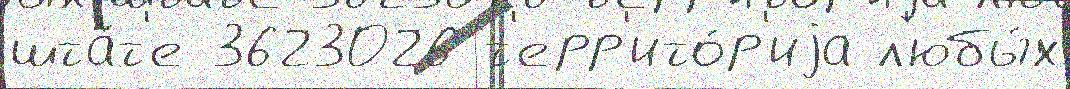
шта́т'е 3623026 т'ерр'ито́р'иjа л'юбы́х